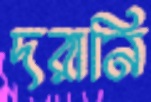
দরানি